Tezpur Lunatic Asylum reports 1877-1894 - 1877-1894
Year: 1877
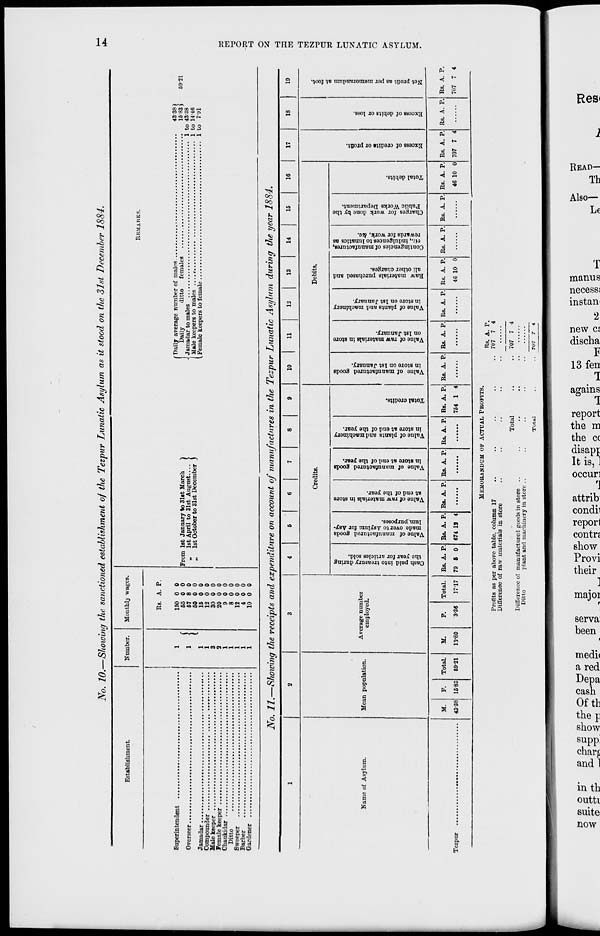
s
K
00
*i
g
«o £,
«
e^
eg
ng
6
Is
a a-g
ftB
3 8,
g SJ
p 5
*f
^S-
t=2
E &
R.i -S
"l a"
P rt>
S ►"
to n
S-T3
H 2.
c o
c
4E H
c* O
o a
g 9
H
o
9
E o
s
I).
a
c
c
B
o
►
o
H
a
t»
t- 1
V
o
5
CO
B
*
2 E
©
p
r*
P
-if*
H
P
P
1)
to
>
o
o
r*
g p
3 p
►tf
to
w
*
I
Cash paid into treasury during
the year for articles sold.
Value of manufactured goods
made over to Asylum for Asy-
lum purposes.
Valne of raw materials in store
at end of the year.
Value of manufactured goods
in store at end of the year.
Value of plants and machinery
in store at end of the year.
o n
pi
S
Total credits.
Value of manufactured goods
in store on 1st January.
Value of raw materials in store
on 1st January.
Value of plants and machinery
in store on 1st January.
Raw materials purchased and
all other charges.
Contingencies of manufactures,
vi:., indulgences to lunatics as
rewards for work, &c.
Charges for work done by the
Public Works Department.
Total debits.
Excess of crediti or profit.
Excess of debits or loss.
Net profit as per memorandum at foot.
0 s
SO
s
'I'
Cc
a
ft
■a
PL
ft
©
a
a
ft
ft
©
^
a
5
ft
ft
3
ft
I
S
es.
ft
ft
a
Oo
E £ i SEBS-.SB
1
m
1 i a
S
I
ST
I
HMHHHMWMH M t- 1
O O O O O O O O O O 00 O O
>
OOOOOOOOOOOOO
*Q
a
B
E
to
B
SEE
O ^j p
w
2 " B
gap
2 9 B
&: &"
»1E
re ^3
re re
*B
B n
u 3
»
p
P 2. P
W|
S 3
I "S
I a
re
3
ffB
S3
B
K
M
oo
GOO
$
&3
CO
a
s ft
o
ft
Co
a 5*
2
ft
ft
a
a
^5
a
Co
Co
O
O
a*
a
ft
Co
ft ft
ft
ft
Co
Co
•JMIASV OIXVNIII anazax aiix NO xuojau
U